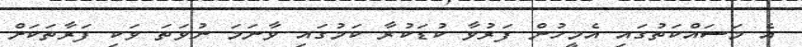
އެ މަސައްކަތުގައި އެމީހުން ފަރުވާ ކުޑަކުރާ ކަމުގައި ވާނަމަ ނުވަތަ ވަކި ފަރާތަކަށް